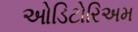
ઓડિટોરિઅમ